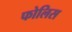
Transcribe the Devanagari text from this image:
फोलिस